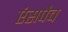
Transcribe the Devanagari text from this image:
एंसपैच